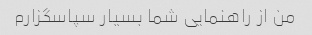
من از راهنمایی شما بسیار سپاسگزارم